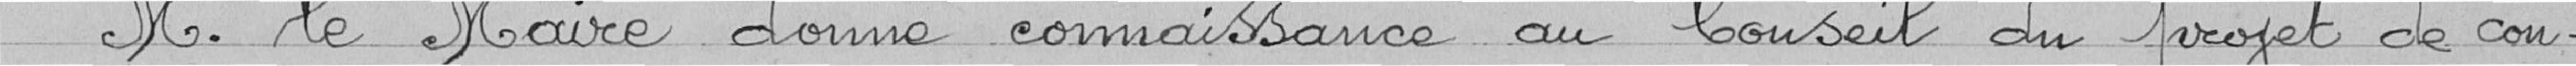
Monsieur le Maire donne connaissance au Conseil du projet de con-